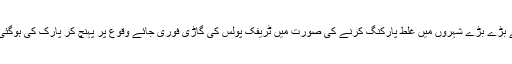
خیال رہے کہ بنگلور اور ممبئی جیسے بڑے بڑے شہروں میں غلط پارکنگ کرنے کی صورت میں ٹریفک پولس کی گاڑی فوری جائے وقوع پر پہنچ کر پارک کی ہوگئی سواریوں کو ہی اُٹھاکر لے جاتی ہے ۔